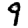
Digit: 9